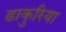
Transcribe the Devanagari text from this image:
ढाकुरिया